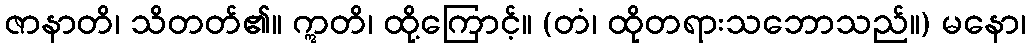
ဇာနာတိ၊ သိတတ်၏။ ဣတိ၊ ထို့ကြောင့်။ (တံ၊ ထိုတရားသဘောသည်။) မနော၊